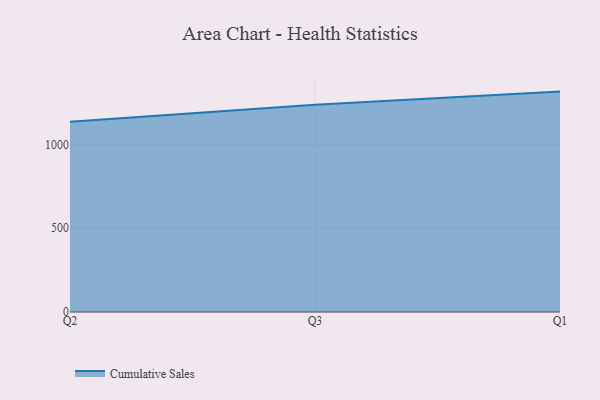
{"axis": {"x": "Quarter", "y": "Headcount"}, "legend": ["Cumulative Sales"], "data": [{"x": "Q2", "y": 1134.9, "type": "Cumulative Sales"}, {"x": "Q3", "y": 1236.9, "type": "Cumulative Sales"}, {"x": "Q1", "y": 1315.1, "type": "Cumulative Sales"}]}